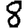
Digit: 8